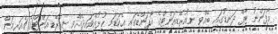
މާފަންނު ޓާފް ދަނޑުގައި ބޭއްވި ނިއުރޭޑިއަންޓްގެ އޯޕަންޑޭގައި އެކަޑަމީ ހުޅުއްވައިދެއްވީ ނިއުރޭޑިއަންޓްގެ ޗެއަރމަން